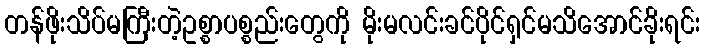
တန်ဖိုးသိပ်မကြီးတဲ့ဥစ္စာပစ္စည်းတွေကို မိုးမလင်းခင်ပိုင်ရှင်မသိအောင်ခိုးရင်း